Sketch of the medical history of the native army of Bombay, for the year
Year: 1875
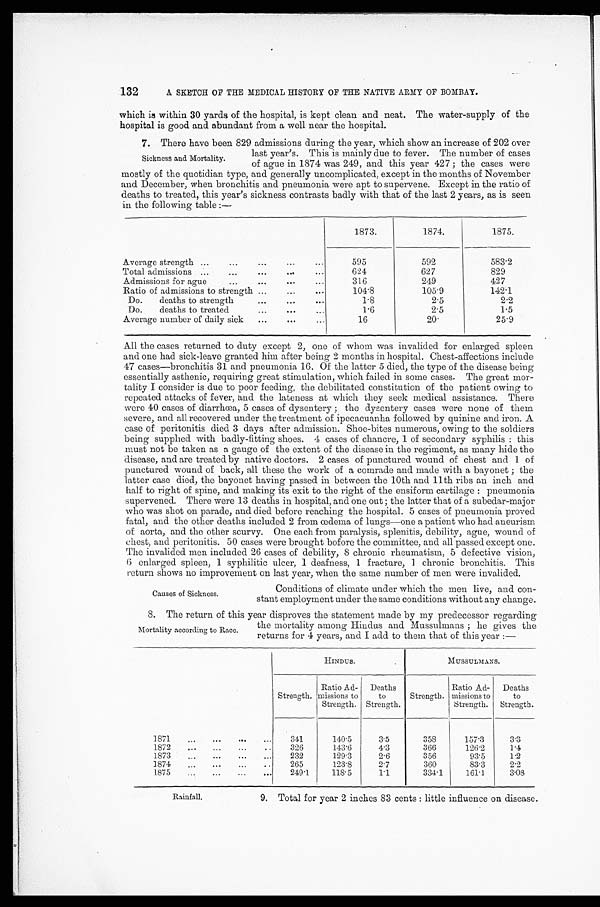
132
A SKETCH OF THE MEDICAL HISTORY OF THE NATIVE ARMY OF BOMBAY.
which is within 30 yards of the hospital, is kept clean and neat. The water-supply of the
hospital is good and abundant from a well near the hospital.
7. There have been 829 admissions during the year, which show an increase of 202 over
Sickness and Mortality.
last year's. This ismainly due to fever. The number of cases
of ague in 1874 was 249, and this year 427 ; the cases were
mostly of the quotidian type, and generally uncomplicated, except in the months of N ovember
and December, when bronchitis and pneumonia were apt to supervene. Except in the ratio of
deaths to treated, this year's sickness contrasts badly with that of the last 2 years, as is seen
in the following table :—
1873.
1874.
1875.
Average strength ...
...
... ... ...
595
592
583.2
Total admissions ...
...
...
...
...
624
627
829
Admissions for ague
...
...
...
316
249
427
Ratio of admissions to strength
...
...
...
104.8
105.9
142.1
Do.
deaths to strength
...
...
...
1.8
2.5
2.2
Do.
deaths to treated
... ...
...
1 . 6
2.5
1.5
Average number of daily sick
...
...
...
16
2 0 .
25.9
All the cases returned to duty except 2, one of whom was invalided for enlarged spleen
and one had sick-leave granted him after being 2 months in hospital. Chest-affections include
47 cases—bronchitis 31 and pneumonia 16. Of the latter 5 died, the type of the disease being
essentially asthenic, requiring great stimulation, which failed in some cases. The great mor-
tality I consider is due to poor feeding, the debilitated constitution of the patient owing to
repeated attacks of fever, and the lateness at which they seek medical assistance. There
were 40 cases of diarrhœa, 5 cases of dysentery ; the dysentery cases were none of them
severe, and all recovered under the treatment of ipecacuanha followed by quinine and iron. A
case of peritonitis died 3 days after admission. Shoe-bites numerous, owing to the soldiers
being supplied with badly-fitting shoes. 4 cases of chancre, 1 of secondary syphilis : this
must not be taken as a gauge of the extent of the disease in the regiment, as many hide the
disease, and are treated by native doctors. 2 cases of punctured wound of chest and 1 of
punctured wound of back, all these the work of a comrade and made with a bayonet ; the
latter case died, the bayonet having passed in between the 10th and 11th ribs an inch and
half to right of spine, and making its exit to the right of the ensiform cartilage : pneumonia
supervened. There were 13 deaths in hospital, and one out ; the latter that of a subedar-major
who was shot on parade, and died before reaching the hospital. 5 cases of pneumonia proved
fatal, and the other deaths included 2 from œdema of lungs—one a patient who had aneurism
of aorta, and the other scurvy. One each from paralysis, splenitis, debility, ague, wound of
chest, and peritonitis. 50 cases were brought bofore the committee, and all passed except one.
The invalided men included 26 cases of debility, 8 chronic rheumatism, 5 defective vision,
6 enlarged spleen, 1 syphilitic ulcer, I deafness, 1 fracture, chronic bronchitis. This
return shows no improvement on last year, when the same number of men were invalided.
Causes of Sickness.
Conditions of climate under which the men live, and con-
stant employment under the same conditions without any change.
8. The return of this year disproves the statement made by my predecessor regarding
Mortality according to Race
the mortality among Hindus and Mussulmans ; he gives the
returns for 4 years, and I add to them that of this year :—
H I N D U S .
MUSSULMANS.
Strength.
Ratio Ad-
missions to
Strength.
Deaths
to
Strength.
Strength.
Ratio Ad-
missions to
Strength.
Deaths
to
Strength.
1871
...
...
...
...
341
140.5
3.5
358
157.3
3.3
1872
...
...
...
...
326
143.6
4.3
366
126.2
1.4
1873
...
...
... ...
232
129.3
2.6
356
93.5
1.2
1874
...
...
...
...
265
123.8
2.7
360
83.3
2.2
1875
...
...
...
...
249.1
118. 5
1.1
334.1
161.1
3.08
Rainfall.
9. Total for year 2 inches 83 cents : little influence on disease.